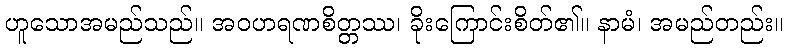
ဟူသောအမည်သည်။ အဝဟရဏစိတ္တဿ၊ ခိုးကြောင်းစိတ်၏။ နာမံ၊ အမည်တည်း။